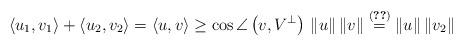
LaTeX: \begin{align*}\left\langle u_{1},v_{1}\right\rangle +\left\langle u_{2},v_{2}\right\rangle =\left\langle u,v\right\rangle \geq\cos\angle\left(v,V^{\bot}\right)\,\left\Vert u\right\Vert \left\Vert v\right\Vert \overset{\eqref{eq:definition-Psi}}{=}\left\Vert u\right\Vert \left\Vert v_{2}\right\Vert \end{align*}